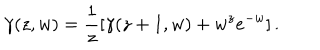
\gamma ( z , w ) = \frac { 1 } { z } \left[ \gamma ( z + 1 , w ) + w ^ { z } e ^ { - w } \right] .